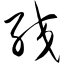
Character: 绞